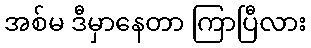
အစ်မ ဒီမှာနေတာ ကြာပြီလား